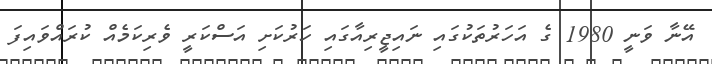
އޭނާ ވަނީ 1980 ގެ އަހަރުތަކުގައި ނައިޖީރިއާގައި ހަރުކަށި އަސްކަރީ ވެރިކަމެއް ކުރައްވައިފަ